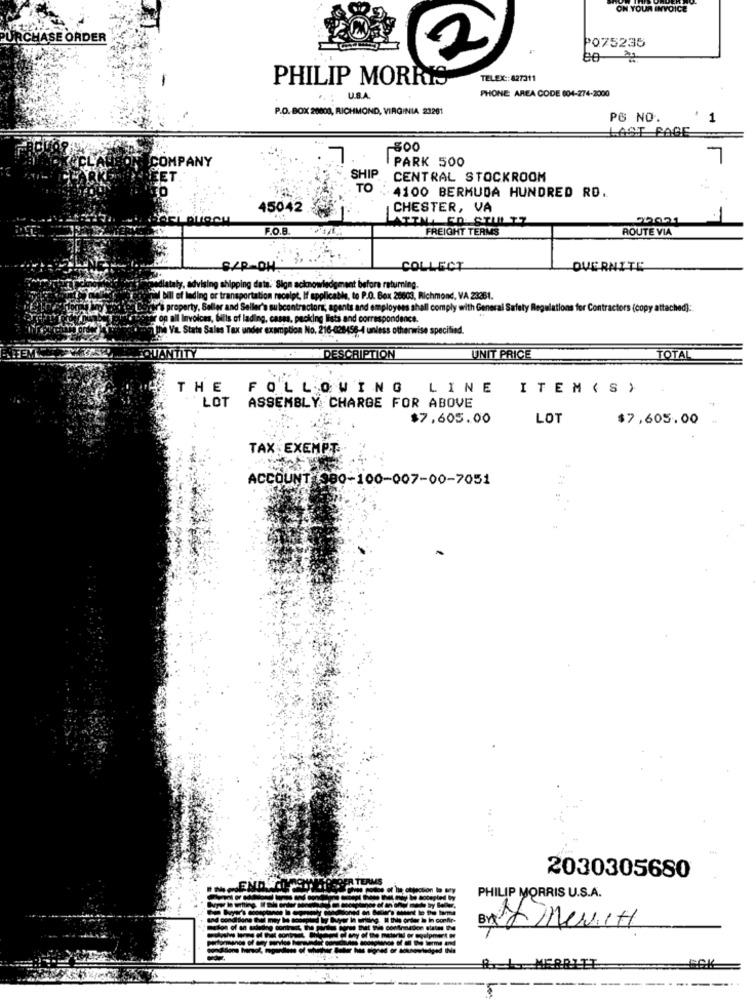
ON YOUR INVOICE
PURCHASE ORDER
PO75235
PHILIP MORRIS
TELEX :: 827311
PHONE AREA CODE 604-274-2000
.. . U.S.A.
P.O. BOX 20008, RICHMOND, VIRGINIA 23261
PG NO.
1
LAST PAGE
-500
COMPANY
PARK 500
SHIP
CENTRAL STOCKROOM
TO
4100 BERMUDA HUNDRED RD.
45042
CHESTER, VA
-
1.0.8
FREIGHT TERMS
ROUTE VIA
S/R-DH
COLLECT
OVERNITE
ta. Sign acknowledgment before returning.
transportation receipt, If applicable, to P.O. Box 26603, Richmond, VA 23361.
er and Seller's subcontractors; agents and employees shall comply with General Safety Regulations for Contractors (copy attached):
, bills of lading, casas, packing lists and correspondence.
les Tax under exemption No. 216-028456-4 unless otherwise specified.
QUANTITY
DESCRIPTION
UNIT PRICE
TOTAL
THE FOLLOWING LINE
ITEM ( S )
LOT ASSEMBLY CHARGE FOR ABOVE
$7.605.00
LOT
$7,605.00
TAX EXEMPT
ACCOUNT 980-100-007-00-7051
2030305680
PHILIP MORRIS U.S.A.
MERRITT